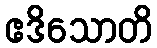
ဧဒိသောတိ